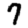
Digit: 7